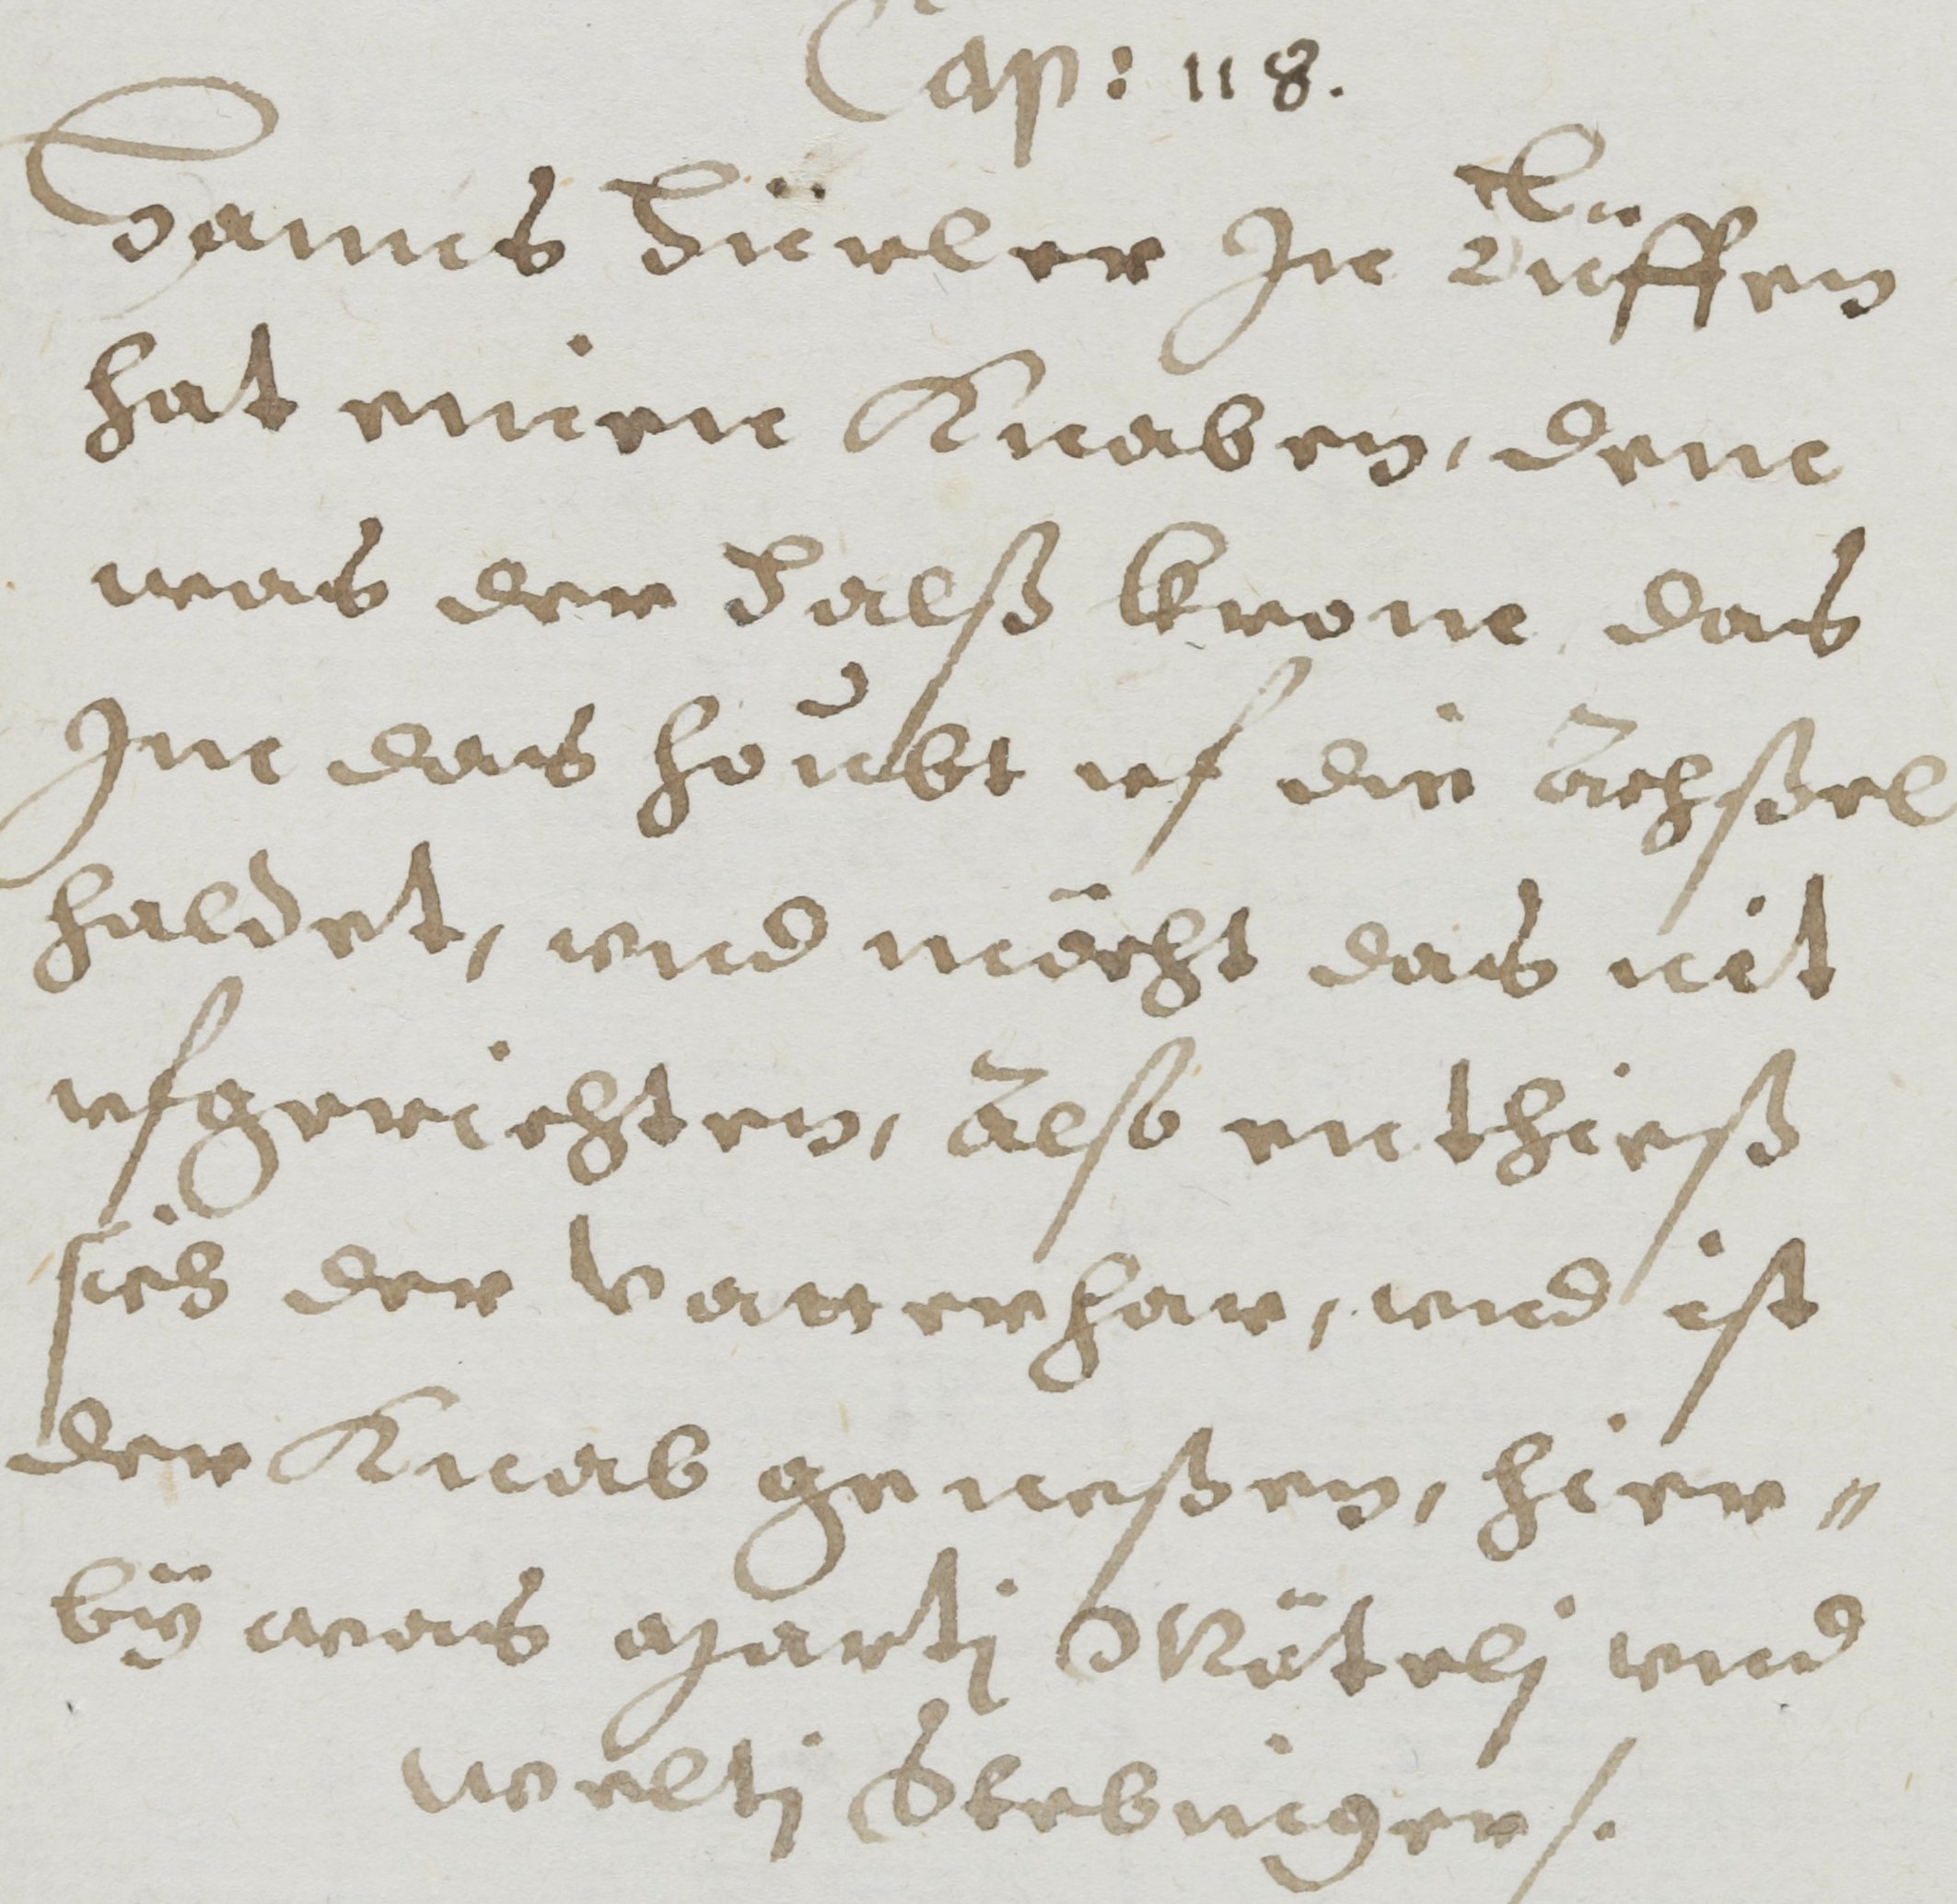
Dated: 1608–1608